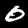
Label: 0